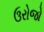
ઉરોજો